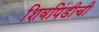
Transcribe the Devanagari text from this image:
शिवपिंडीची